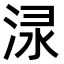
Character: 𣵌